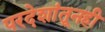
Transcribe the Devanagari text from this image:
परदेशांतूनही